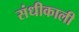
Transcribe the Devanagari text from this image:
संधीकाली